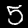
Digit: 5